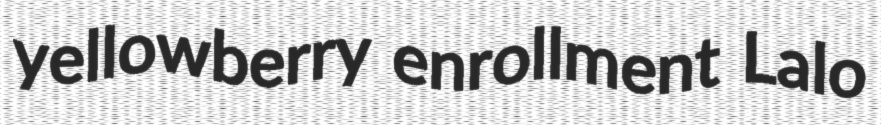
yellowberry enrollment Lalo